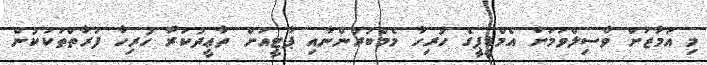
މި އަމާޒަށް ވާސިލްވުމަށް އެމްޑީޕީގެ ހުރިހާ މެމްބަރުންނާއި ޕާޓީއަށް ތާޢީދުކުރާ ހުރިހާ ފަރާތްތަކަކުން